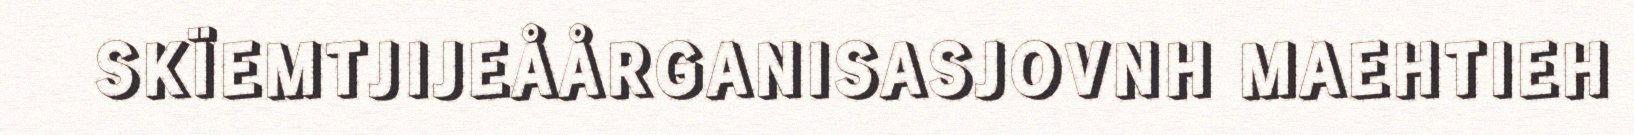
SKÏEMTJIJEÅÅRGANISASJOVNH MAEHTIEH